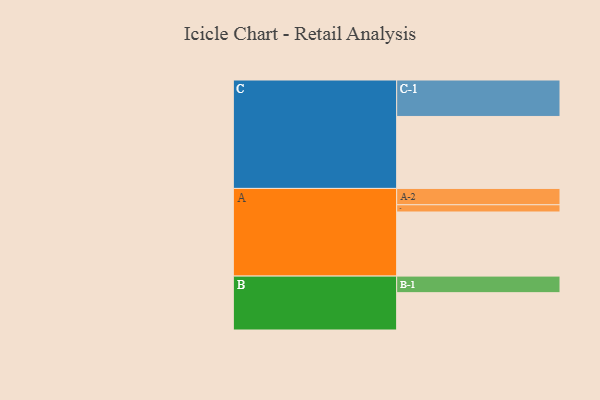
{"axis": {"x": "Segment", "y": "Value"}, "legend": ["", "A", "B", "C"], "data": [{"x": "A", "y": 522, "type": ""}, {"x": "B", "y": 304, "type": ""}, {"x": "C", "y": 586, "type": ""}, {"x": "A-1", "y": 59, "type": "A"}, {"x": "A-2", "y": 133, "type": "A"}, {"x": "B-1", "y": 135, "type": "B"}, {"x": "C-1", "y": 297, "type": "C"}]}